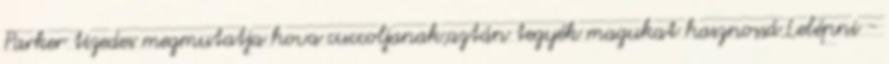
Parker tizedes megmutatja hova cuccoljanak,aztán tegyék magukat hasznossá.Lelépni -